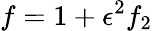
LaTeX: f=1+\epsilon^{2}f_{2}